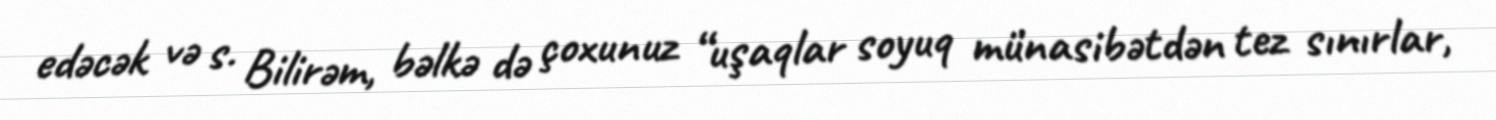
edəcək və s. Bilirəm, bəlkə də çoxunuz “uşaqlar soyuq münasibətdən tez sınırlar,